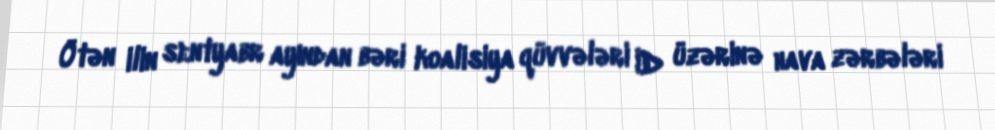
Ötən ilin sentyabr ayından bəri koalisiya qüvvələri İD üzərinə hava zərbələri